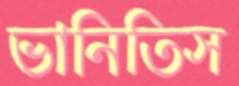
ভানিতিস